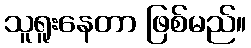
သူရူးနေတာ ဖြစ်မည်။